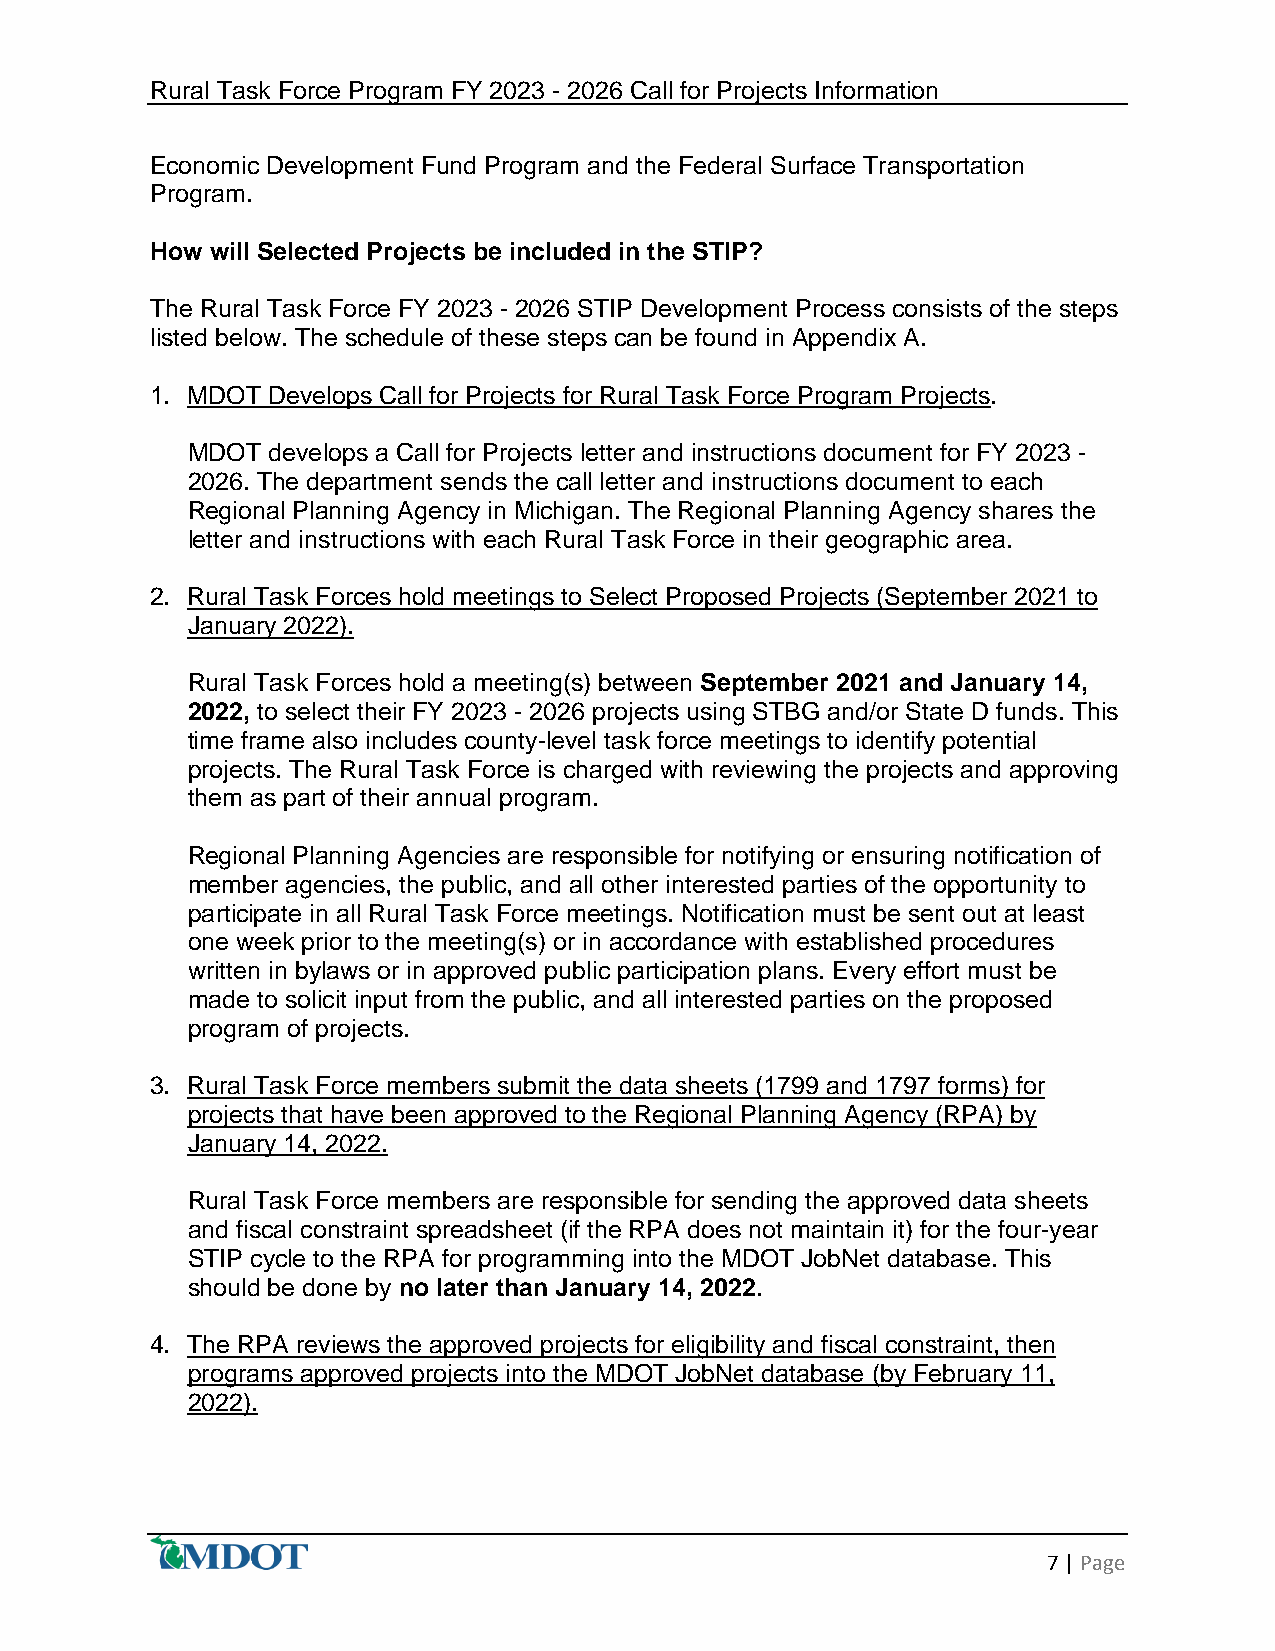
Rural Task Force Program FY 2023 - 2026 Call for Projects Information
 Economic Development Fund Program and the Federal Surface Transportation
 Program.
 How will Selected Projects be included in the STIP?
 The Rural Task Force FY 2023 - 2026 STIP Development Process consists of the steps
 listed below. The schedule of these steps can be found in Appendix A.
 1. MDOT Develops Call for Projects for Rural Task Force Program Projects.
 MDOT  develops a Call for Projects letter and instructions document for FY 2023 -
 2026. The department sends the call letter and instructions document to each
 Regional Planning Agency in Michigan. The Regional Planning Agency shares the
 letter and instructions with each Rural Task Force in their geographic area.
 2. Rural Task Forces hold meetings to Select Proposed Projects (September 2021 to
 January 2022).
 Rural Task Forces hold a meeting(s) between September 2021 and January 14,
 2022, to select their FY 2023 - 2026 projects using STBG and/or State D funds. This
 time frame also includes county-level task force meetings to identify potential
 projects. The Rural Task Force is charged with reviewing the projects and approving
 them as part of their annual program.
 Regional Planning Agencies are responsible for notifying or ensuring notification of
 member agencies, the public, and all other interested parties of the opportunity to
 participate in all Rural Task Force meetings. Notification must be sent out at least
 one week prior to the meeting(s) or in accordance with established procedures
 written in bylaws or in approved public participation plans. Every effort must be
 made to solicit input from the public, and all interested parties on the proposed
 program of projects.
 3. Rural Task Force members submit the data sheets (1799 and 1797 forms) for
 projects that have been approved to the Regional Planning Agency (RPA) by
 January 14, 2022.
 Rural Task Force members are responsible for sending the approved data sheets
 and fiscal constraint spreadsheet (if the RPA does not maintain it) for the four-year
 STIP cycle to the RPA for programming into the MDOT JobNet database. This
 should be done by no later than January 14, 2022.
 4. The RPA reviews the approved projects for eligibility and fiscal constraint, then
 programs approved projects into the MDOT JobNet database (by February 11,
 2022).
 7 | Page